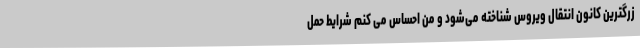
زرگترین کانون انتقال ویروس شناخته می‌شود و من احساس می کنم شرایط حمل